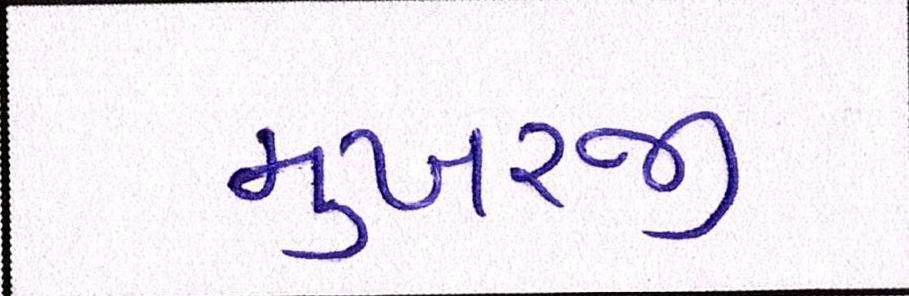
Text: મુખરજી